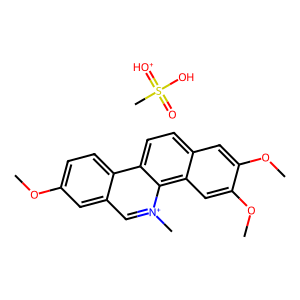
SMILES: COc1ccc2c(c1)c[n+](C)c1c3cc(OC)c(OC)cc3ccc21.CS(=O)(O)=[OH+]
Inhibits HIV replication: No